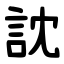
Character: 訦